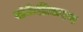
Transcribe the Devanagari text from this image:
संकेतिकरण